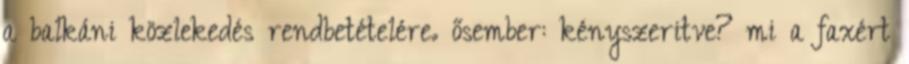
a balkáni közlekedés rendbetételére. ősember: kényszeritve? mi a faxért